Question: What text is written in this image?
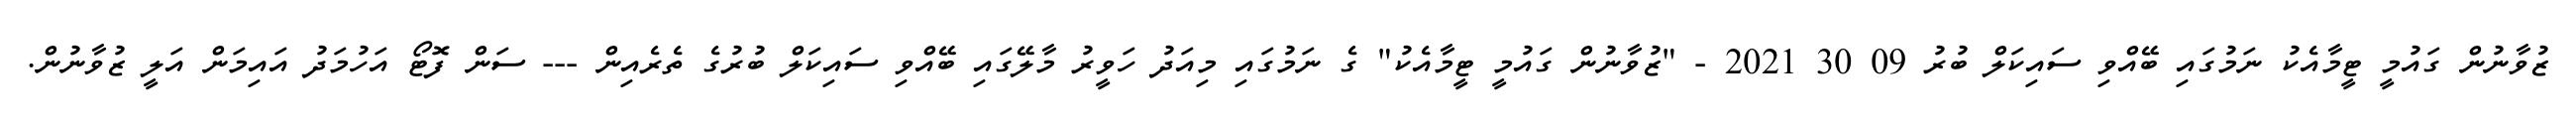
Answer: ޒުވާނުން ގައުމީ ޓީމާއެކު ނަމުގައި ބޭއްވި ސައިކަލް ބުރު 09 30 2021 - "ޒުވާނުން ގައުމީ ޓީމާއެކު" ގެ ނަމުގައި މިއަދު ހަވީރު މާލޭގައި ބޭއްވި ސައިކަލް ބުރުގެ ތެރެއިން --- ސަން ފޮޓޯ އަހުމަދު އައިމަން އަލީ ޒުވާނުން.